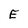
Character: E